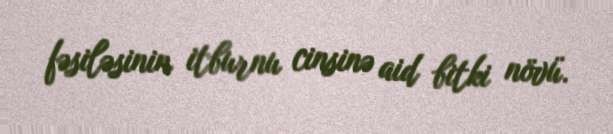
fəsiləsinin i̇tburnu cinsinə aid bitki növü.